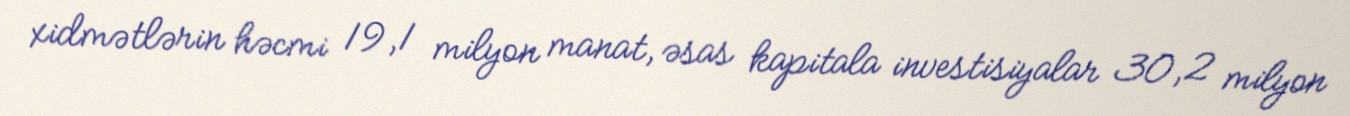
xidmətlərin həcmi 19,1 milyon manat, əsas kapitala investisiyalar 30,2 milyon